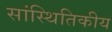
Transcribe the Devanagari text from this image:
सांस्थितिकीय